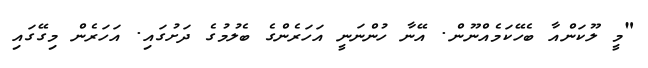
"މީ ލޫކަންއާ ބެހޭކަމެއްނޫން. އޭނާ ހުންނަނީ އަހަރެންގެ ބެލުމުގެ ދަށުގައި. އަހަރެން މިގޭގައި